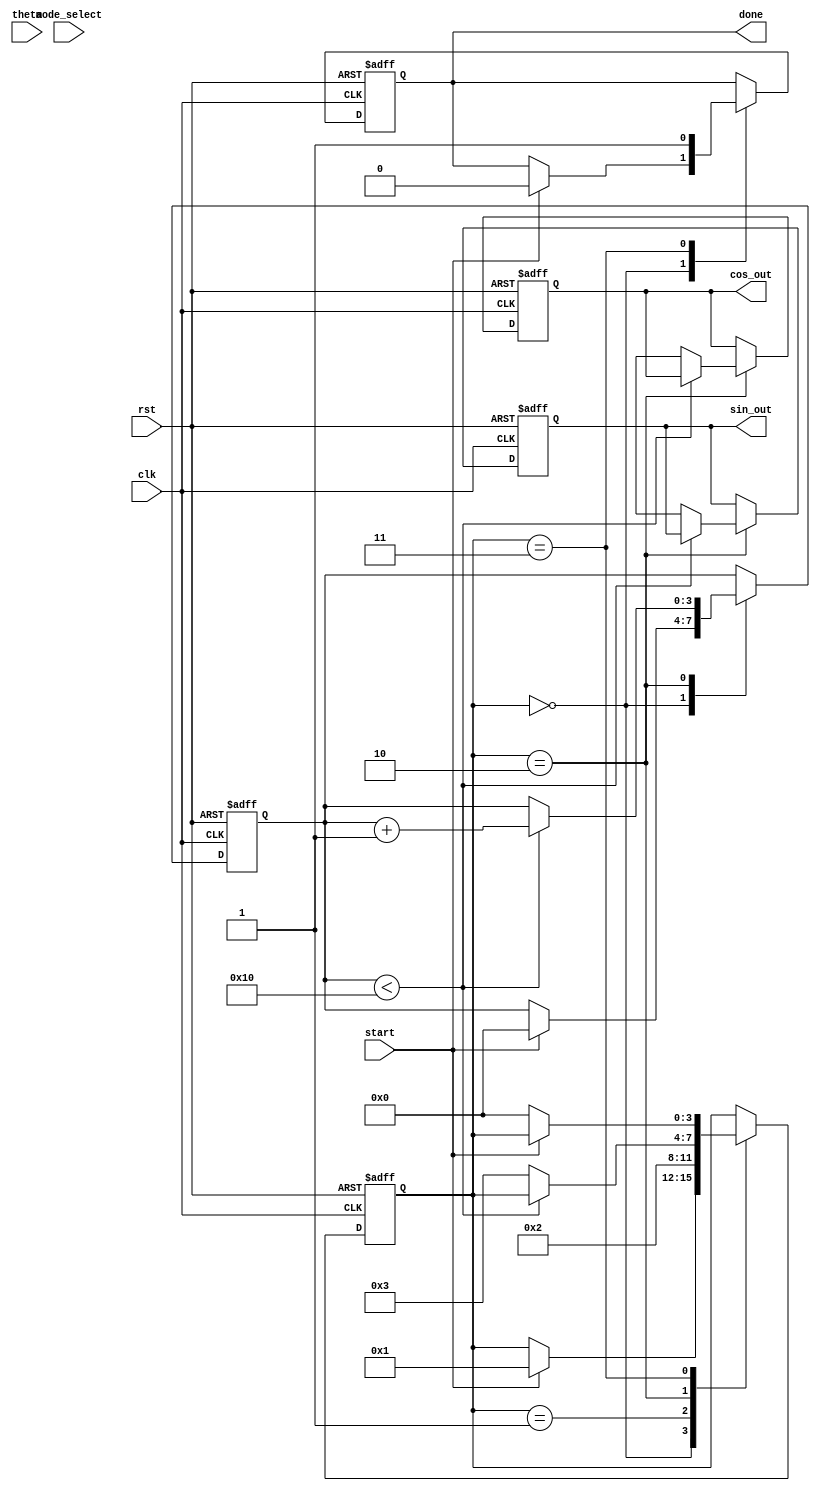
module cordic (
    input wire clk,
    input wire rst,
    input wire [15:0] theta, // Fixed-point angle input
    input wire mode_select,   // 0 for rotation, 1 for vectoring
    input wire start,         // Start signal for the computation
    output reg [15:0] sin_out, // Sine output
    output reg [15:0] cos_out, // Cosine output
    output reg done           // Done signal
);

    // Parameters
    parameter NUM_ITERATIONS = 16; // Number of iterations
    parameter FIXED_POINT_SCALE = 16'h4000; // Scaling factor (2^14)

    // Internal signals
    reg [15:0] x[0:NUM_ITERATIONS-1]; // X coordinates
    reg [15:0] y[0:NUM_ITERATIONS-1]; // Y coordinates
    reg [15:0] z[0:NUM_ITERATIONS-1]; // Angle values
    reg [15:0] atan_lut[0:NUM_ITERATIONS-1]; // Lookup table for arctangent values
    reg [3:0] state; // FSM state
    reg [3:0] iteration; // Current iteration count

    // Initialize lookup table for arctangent values
    initial begin
        atan_lut[0] = 16'h2000; // atan(2^0) = 0.5
        atan_lut[1] = 16'h1000; // atan(2^-1) = 0.25
        atan_lut[2] = 16'h0800; // atan(2^-2) = 0.125
        atan_lut[3] = 16'h0400; // atan(2^-3) = 0.0625
        atan_lut[4] = 16'h0200; // atan(2^-4) = 0.03125
        atan_lut[5] = 16'h0100; // atan(2^-5) = 0.015625
        atan_lut[6] = 16'h0080; // atan(2^-6) = 0.0078125
        atan_lut[7] = 16'h0040; // atan(2^-7) = 0.00390625
        atan_lut[8] = 16'h0020; // atan(2^-8) = 0.001953125
        atan_lut[9] = 16'h0010; // atan(2^-9) = 0.0009765625
        atan_lut[10] = 16'h0008; // atan(2^-10) = 0.00048828125
        atan_lut[11] = 16'h0004; // atan(2^-11) = 0.000244140625
        atan_lut[12] = 16'h0002; // atan(2^-12) = 0.0001220703125
        atan_lut[13] = 16'h0001; // atan(2^-13) = 0.00006103515625
        atan_lut[14] = 16'h0000; // atan(2^-14) = 0
        atan_lut[15] = 16'h0000; // atan(2^-15) = 0
    end

    // FSM states
    localparam IDLE = 4'b0000;
    localparam INIT = 4'b0001;
    localparam EXECUTE = 4'b0010;
    localparam DONE = 4'b0011;

    // State machine for CORDIC operation
    always @(posedge clk or posedge rst) begin
        if (rst) begin
            state <= IDLE;
            iteration <= 0;
            sin_out <= 0;
            cos_out <= FIXED_POINT_SCALE; // Start with cos(0) = 1
            done <= 0;
        end else begin
            case (state)
                IDLE: begin
                    if (start) begin
                        x[0] <= FIXED_POINT_SCALE; // Initial x = 1
                        y[0] <= 0; // Initial y = 0
                        z[0] <= theta; // Load theta
                        iteration <= 0;
                        state <= INIT;
                        done <= 0;
                    end
                end
                INIT: begin
                    // Initialize x, y, z for the first iteration
                    x[iteration] <= x[0];
                    y[iteration] <= y[0];
                    z[iteration] <= z[0];
                    state <= EXECUTE;
                end
                EXECUTE: begin
                    if (iteration < NUM_ITERATIONS) begin
                        // Perform CORDIC rotation or vectoring
                        if (mode_select == 0) begin // Rotation mode
                            if (z[iteration] < 0) begin
                                x[iteration + 1] <= x[iteration] + (y[iteration] >> iteration);
                                y[iteration + 1] <= y[iteration] - (x[iteration] >> iteration);
                                z[iteration + 1] <= z[iteration] + atan_lut[iteration];
                            end else begin
                                x[iteration + 1] <= x[iteration] - (y[iteration] >> iteration);
                                y[iteration + 1] <= y[iteration] + (x[iteration] >> iteration);
                                z[iteration + 1] <= z[iteration] - atan_lut[iteration];
                            end
                        end else begin // Vectoring mode
                            // Vectoring logic can be implemented here
                        end
                        iteration <= iteration + 1;
                    end else begin
                        // Final outputs
                        sin_out <= y[NUM_ITERATIONS];
                        cos_out <= x[NUM_ITERATIONS];
                        state <= DONE;
                    end
                end
                DONE: begin
                    done <= 1; // Indicate completion
                    if (!start) begin
                        state <= IDLE; // Reset state on start signal low
                    end
                end
            endcase
        end
    end

endmodule